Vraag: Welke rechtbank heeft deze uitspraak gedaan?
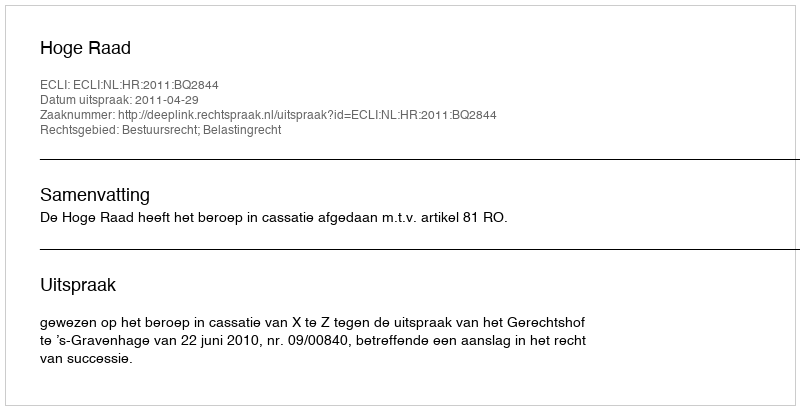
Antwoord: Hoge Raad